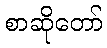
စာဆိုတော်